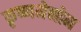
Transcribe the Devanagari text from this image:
कृष्णमेनोन